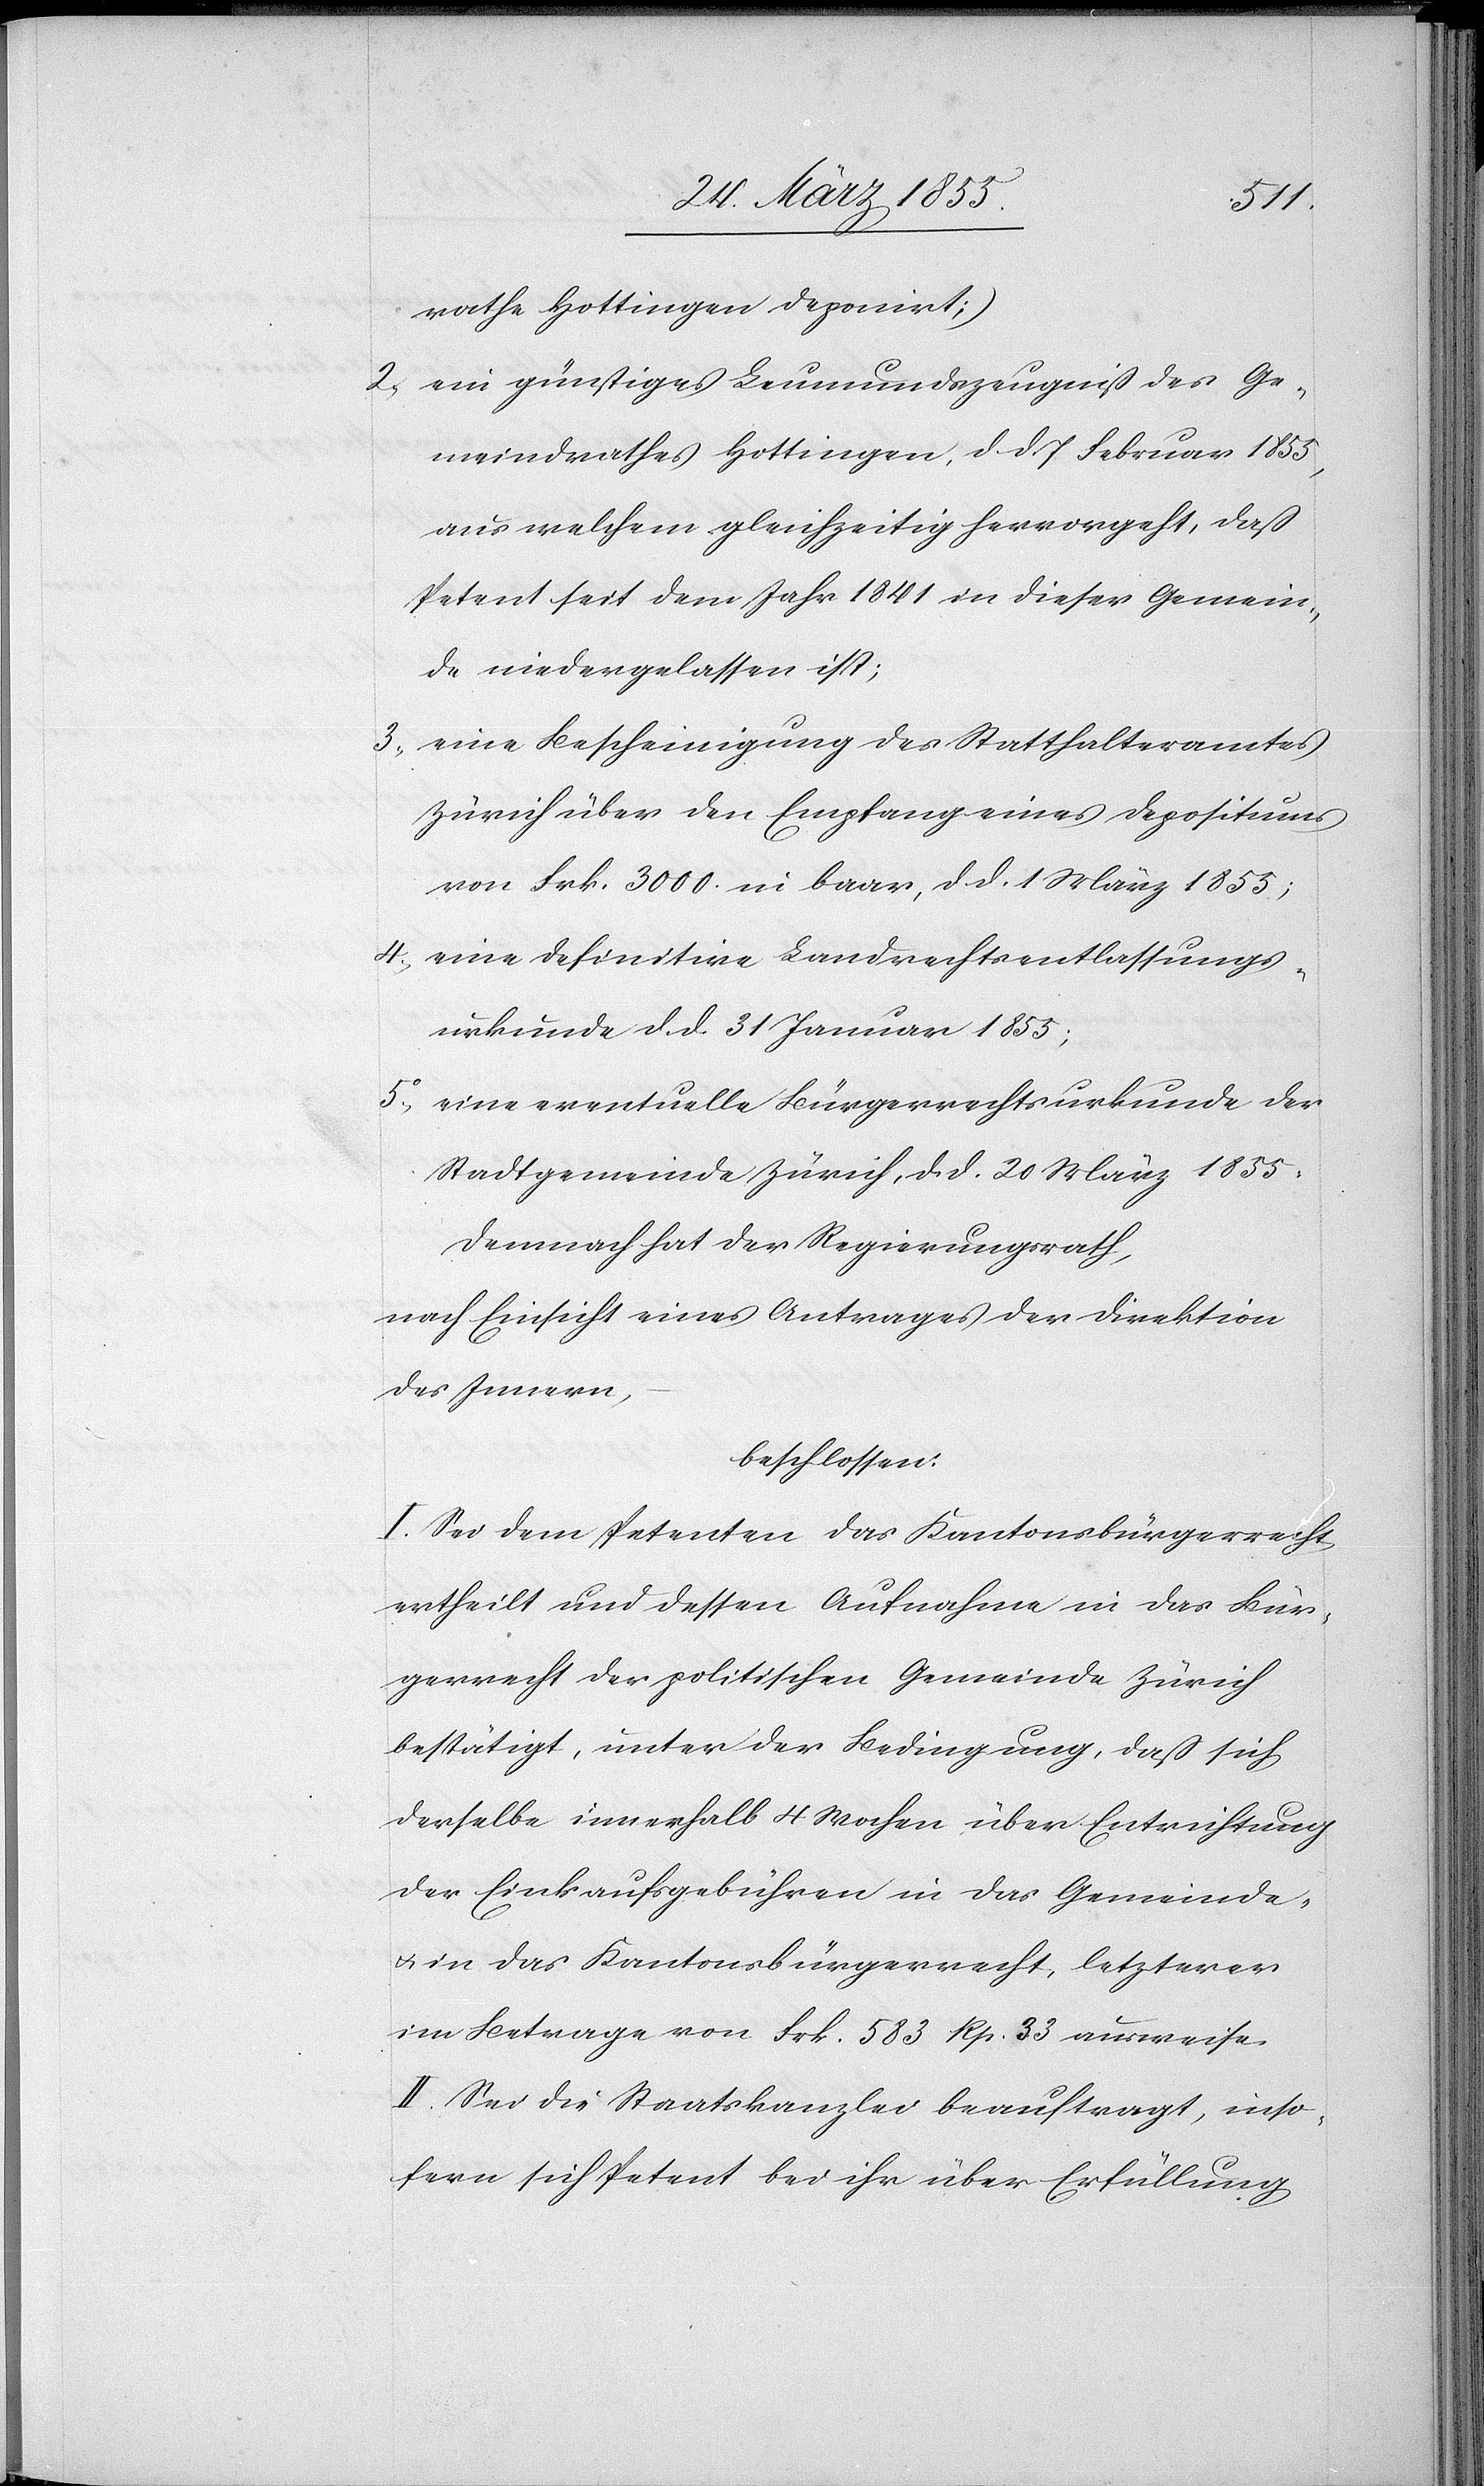
rathe Hottingen deponirt;)
ein günstiges Leumundszeugniß des Ge¬
meindrathes Hottingen, d. d. 7 Februar 1855,
aus welchem gleichzeitig hervorgeht, daß
Petent seit dem Jahr 1841 in dieser Gemein¬
de niedergelassen ist;
eine Bescheinigung des Statthalteramtes
Zürich über den Empfang eines Depositums
von Frk. 3000. in baar, d. d. 1 März 1855;
eine definitive Landrechtsentlassungs¬
urkunde d. d. 31 Januar 1855;
eine eventuelle Bürgerrechtsurkunde der
Stadtgemeinde Zürich, d. d. 20 März 1855.
Demnach hat der Regierungsrath,
nach Einsicht eines Antrages der Direktion
des Innern,
beschlossen:
I. Sei dem Petenten das Kantonsbürgerrecht
ertheilt und dessen Aufnahme in das Bür¬
gerrecht der politischen Gemeinde Zürich
bestätigt, unter der Bedingung, daß sich
derselbe innerhalb 4 Wochen über Entrichtung
der Einkaufsgebühren in das Gemeinde-
& in das Kantonsbürgerrecht, letzterer
im Betrage von Frk. 583 Rp. 33 ausweise.
II. Sei die Staatskanzlei beauftragt, inso¬
fern sich Petent bei ihr über Erfüllung